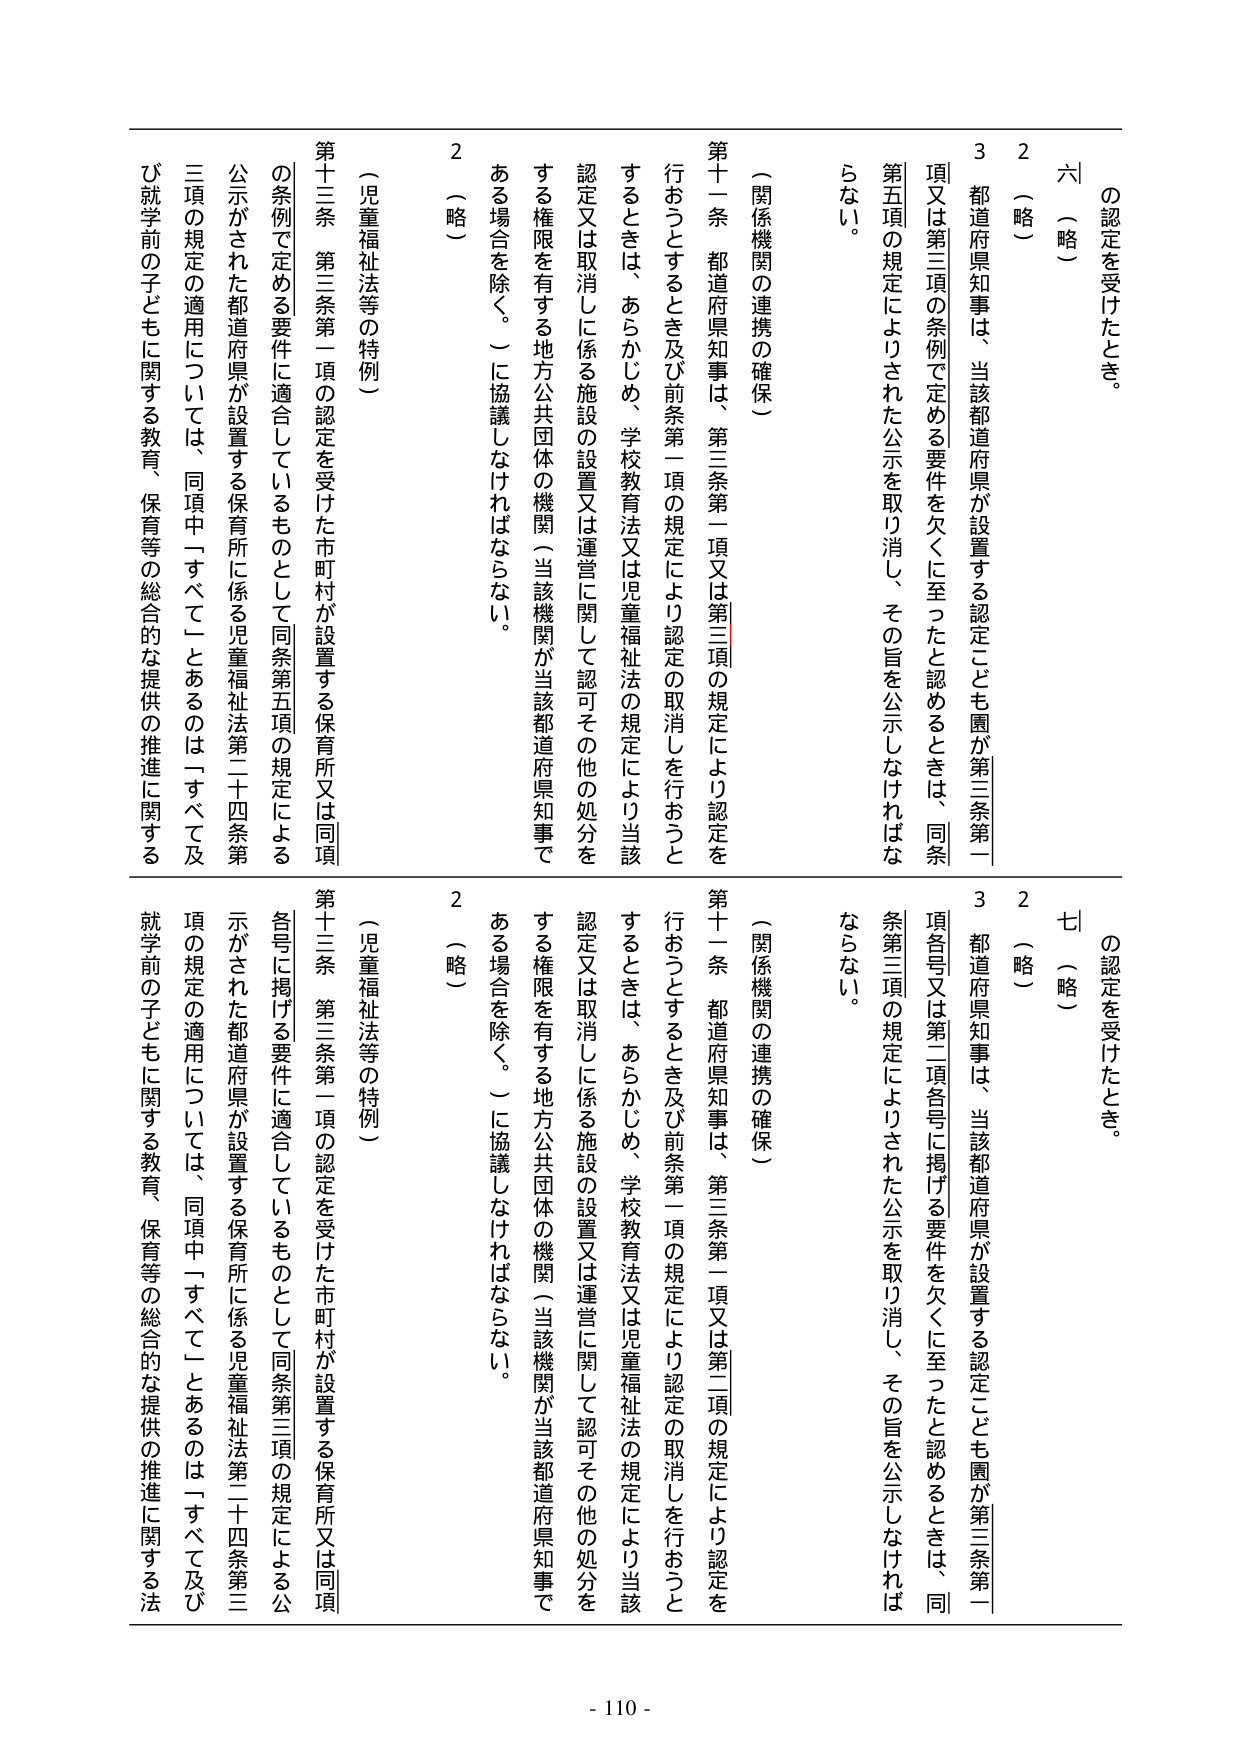
の認定を受けたとき。

六（略）

２（略）

３ 都道府県知事は、当該都道府県が設置する認定こども園が第三条第一項又は第三項の条例で定める要件を欠くに至ったと認めるときは、同条第五項の規定によりされた公示を取り消し、その旨を公示しなければならない。

（関係機関の連携の確保）

第十一条 都道府県知事は、第三条第一項又は第三項の規定により認定を行おうとするとき及び前条第一項の規定により認定の取消しを行おうとするときは、あらかじめ、学校教育法又は児童福祉法の規定により当該認定又は取消しに係る施設の設置又は運営に関して認可その他の処分をする権限を有する地方公共団体の機関（当該機関が当該都道府県知事である場合を除く。）に協議しなければならない。

２（略）

（児童福祉法等の特例）

第十三条 第三条第一項の認定を受けた市町村が設置する保育所又は同項の条例で定める要件に適合しているものとして同条第五項の規定による公示がされた都道府県が設置する保育所に係る児童福祉法第二十四条第三項の規定の適用については、同項中「すべて」とあるのは「すべて及び就学前の子どもに関する教育、保育等の総合的な提供の推進に関する

の認定を受けたとき。

七（略）

２（略）

３ 都道府県知事は、当該都道府県が設置する認定こども園が第三条第一項各号又は第二項各号に掲げる要件を欠くに至ったと認めるときは、同条第三項の規定によりされた公示を取り消し、その旨を公示しなければならない。

（関係機関の連携の確保）

第十一条 都道府県知事は、第三条第一項又は第二項の規定により認定を行おうとするとき及び前条第一項の規定により認定の取消しを行おうとするときは、あらかじめ、学校教育法又は児童福祉法の規定により当該認定又は取消しに係る施設の設置又は運営に関して認可その他の処分をする権限を有する地方公共団体の機関（当該機関が当該都道府県知事である場合を除く。）に協議しなければならない。

２（略）

（児童福祉法等の特例）

第十三条 第三条第一項の認定を受けた市町村が設置する保育所又は同項各号に掲げる要件に適合しているものとして同条第三項の規定による公示がされた都道府県が設置する保育所に係る児童福祉法第二十四条第三項の規定の適用については、同項中「すべて」とあるのは「すべて及び就学前の子どもに関する教育、保育等の総合的な提供の推進に関する法

- 110 -